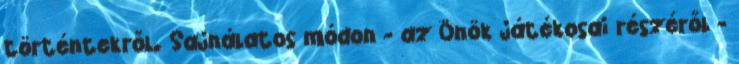
történtekről. Sajnálatos módon - az Önök játékosai részéről -